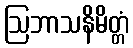
ဩဘာသနိမိတ္တံ